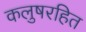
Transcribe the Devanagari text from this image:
कलुषरहित